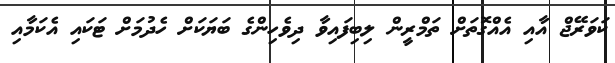
ކަވަރޭޖް އާއި އެއްގޮތަށް ތަމްރީން ލިބިފައިވާ ދިވެހިންގެ ބަޔަކަށް ހެދުމަށް ޓަކައި އެކަމާއި